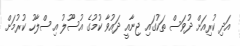
އަދި ކުރިއަށް ދުވަސް ތަކުގައި ޖިނާއީ ދައުވާ ކުމުގެ އުސޫލު އިސްލާހު ކުރުމަށް